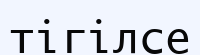
тігілсе